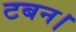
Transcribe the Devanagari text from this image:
टबन।